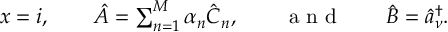
\begin{array} { r } { x = i , \qquad \hat { A } = \sum _ { n = 1 } ^ { M } \alpha _ { n } \hat { C } _ { n } , \qquad \mathrm { ~ a ~ n ~ d ~ } \qquad \hat { B } = \hat { a } _ { \nu } ^ { \dagger } . } \end{array}